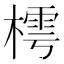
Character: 樗